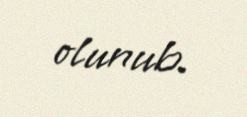
olunub.